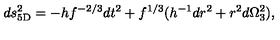
d s _ { \mathrm { 5 D } } ^ { 2 } = - h f ^ { - 2 / 3 } d t ^ { 2 } + f ^ { 1 / 3 } ( h ^ { - 1 } d r ^ { 2 } + r ^ { 2 } d \Omega _ { 3 } ^ { 2 } ) ,